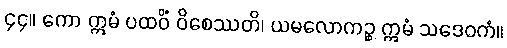
၄၄။ ကော ဣမံ ပထဝိံ ဝိစေဿတိ၊ ယမလောကဉ္စ ဣမံ သဒေဝကံ။